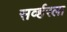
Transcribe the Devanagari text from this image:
सर्व्हरला